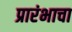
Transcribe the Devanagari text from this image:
प्रारंभाचा